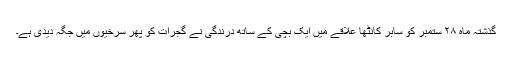
گذشتہ ماہ ۲۸ ستمبر کو سابر کانٹھا علاقے میں ایک بچی کے ساتھ درندگی نے گجرات کو پھر سرخیوں میں جگہ دیدی ہے۔